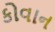
કોવાન